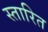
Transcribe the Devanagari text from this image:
स्तारित